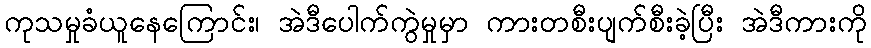
ကုသမှုခံယူနေကြောင်း၊ အဲဒီပေါက်ကွဲမှုမှာ ကားတစီးပျက်စီးခဲ့ပြီး အဲဒီကားကို